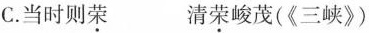
C.当时则荣 清荣峻茂(《三峡》)